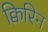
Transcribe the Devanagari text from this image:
क्विरिन